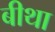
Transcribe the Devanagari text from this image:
बीथा